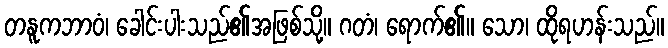
တနူကဘာဝံ၊ ခေါင်းပါးသည်၏အဖြစ်သို့။ ဂတံ၊ ရောက်၏။ သော၊ ထိုရဟန်းသည်။